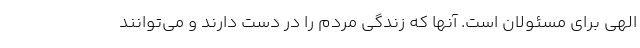
الهی برای مسئولان است. آنها که زندگی مردم را در دست دارند و می‌توانند